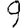
Digit: 9